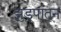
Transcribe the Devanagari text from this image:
झुडूपांतून